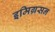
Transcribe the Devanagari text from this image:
इमिग्रसन